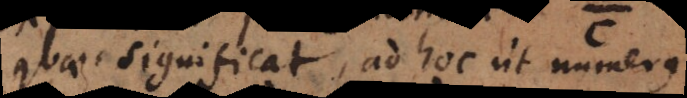
quae significat, ad hoc ut numerus